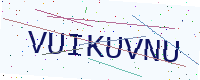
Text: VUIKUVNU